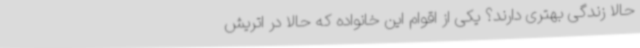
حالا زندگی بهتری دارند؟ یکی از اقوام این خانواده که حالا در اتریش